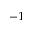
^ { - 1 }